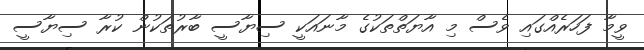
ވީމާ ފަހަރެއްގައި ވެސް މި އާޔަތްތަކުގެ މާނައަކީ ސިޔާސީ ބާރުތަކުން ކުރާ ސިޔާސީ